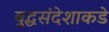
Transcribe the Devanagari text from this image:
बुद्धसंदेशाकडे